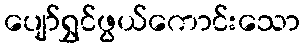
ပျော်ရွှင်ဖွယ်ကောင်းသော